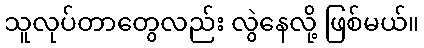
သူလုပ်တာတွေလည်း လွဲနေလို့ ဖြစ်မယ်။